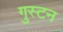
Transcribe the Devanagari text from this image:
गुस्टन